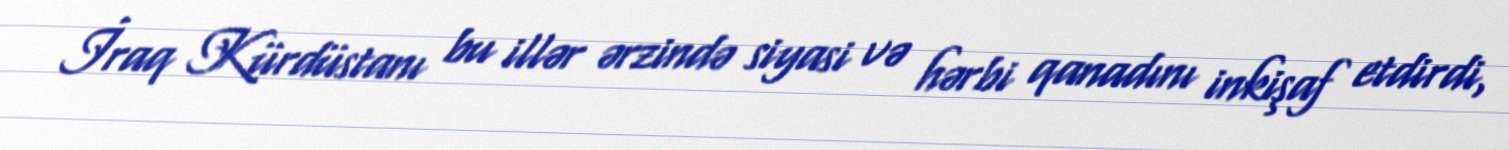
İraq Kürdüstanı bu illər ərzində siyasi və hərbi qanadını inkişaf etdirdi,